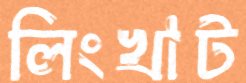
লিংখাট